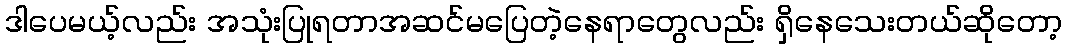
ဒါပေမယ့်လည်း အသုံးပြုရတာအဆင်မပြေတဲ့နေရာတွေလည်း ရှိနေသေးတယ်ဆိုတော့